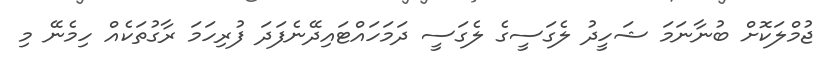
ޖުމްލަކޮށް ބުނާނަމަ ޝަހީދު ލެގަސީގެ ލެގަސީ ދަމަހައްޓައިދޭނެފަދަ ފުރިހަމަ ރާގުތަކެއް ހިމެނޭ މި